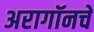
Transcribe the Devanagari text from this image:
अरागॉनचे